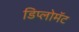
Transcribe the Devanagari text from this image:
डिप्लोमॅट